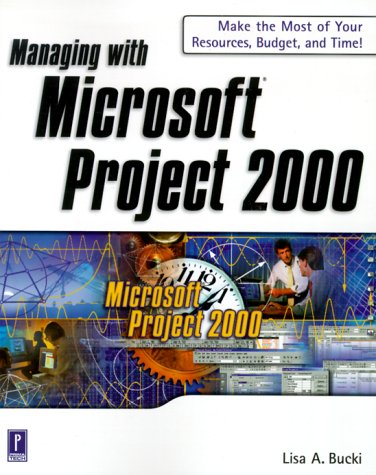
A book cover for Managing with Microsoft Project 2000; Lisa A. Bucki; Computers & Technology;